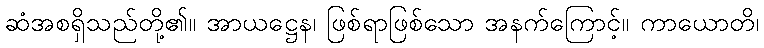
ဆံအစရှိသည်တို့၏။ အာယဋ္ဌေန၊ ဖြစ်ရာဖြစ်သော အနက်ကြောင့်။ ကာယောတိ၊